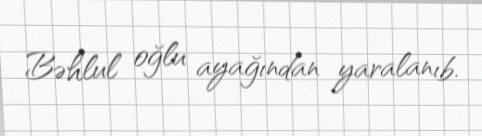
Bəhlul oğlu ayağından yaralanıb.